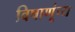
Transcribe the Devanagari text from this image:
विषाणूंच्य